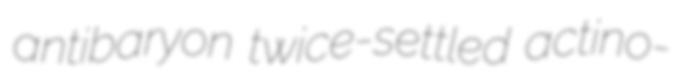
antibaryon twice-settled actino-